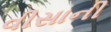
વીસાની